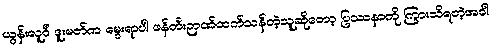
ယွန်းလူဝီ ဒူးမတ်က မွေးရာပါ ဖန်တီးဉာဏ်ထက်သန်တဲ့သူဆိုတော့ ပြဿနာကို ကြားသိရတဲ့အခါ